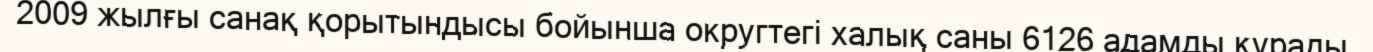
2009 жылғы санақ қорытындысы бойынша округтегі халық саны 6126 адамды құрады.